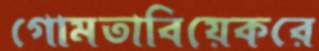
গোমতাবিয়েকরে